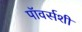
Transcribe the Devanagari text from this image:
पॉवर्सशी